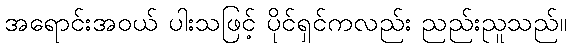
အရောင်းအဝယ် ပါးသဖြင့် ပိုင်ရှင်ကလည်း ညည်းညူသည်။